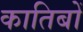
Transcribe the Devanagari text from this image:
कातिबों